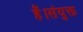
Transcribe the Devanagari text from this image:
हैं।संयुक्त